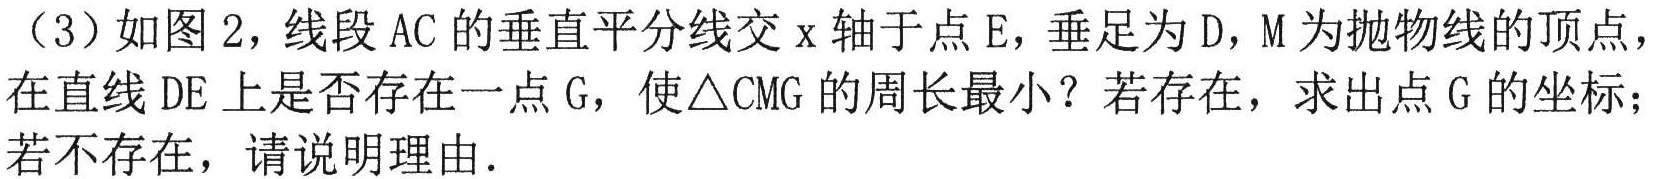
（3）如图2，线段\(AC\)的垂直平分线交\(x\)轴于点\(E\)，垂足为\(D\)，\(M\)为抛物线的顶点，在直线\(DE\)上是否存在一点\(G\)，使\(\triangle CMG\)的周长最小？若存在，求出点\(G\)的坐标；若不存在，请说明理由.